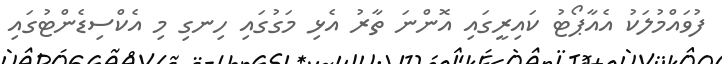
ފުވައްމުލަކު އެއާޕޯޓު ކައިރީގައި އޮންނަ ތާރު އެޅި މަގުގައި ހިނގި މި އެކްސިޑެންޓުގައި